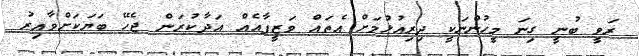
ރަވީ ބުނީ ގިނަ މީހުންނަކީ ދިރިއުޅުމަށް އެތައް ވަޒީފާއެއް އަދާކުރަން ޖެހޭ ބަޔަކަށްވާއިރު